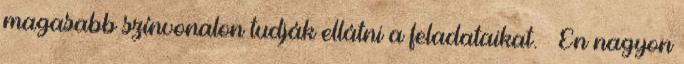
magasabb színvonalon tudják ellátni a feladataikat. — Én nagyon